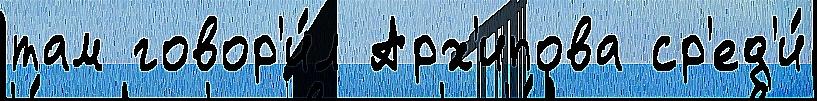
там говор'и́л Арх'ипова ср'ед'и́